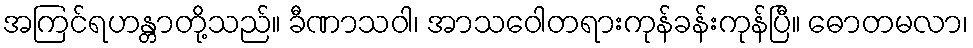
အကြင်ရဟန္တာတို့သည်။ ခီဏာသဝါ၊ အာသဝေါတရားကုန်ခန်းကုန်ပြီ။ ဓောတမလာ၊